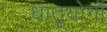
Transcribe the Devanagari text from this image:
धातुयोगों